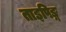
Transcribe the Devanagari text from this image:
ताइपिङ्ग